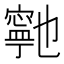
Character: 𭔞